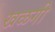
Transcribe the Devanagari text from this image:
खळगी